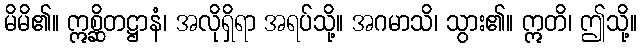
မိမိ၏။ ဣစ္ဆိတဋ္ဌာနံ၊ အလိုရှိရာ အရပ်သို့။ အဂမာသိ၊ သွား၏။ ဣတိ၊ ဤသို့။